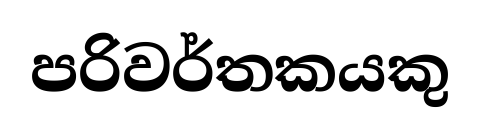
පරිවර්තකයකු